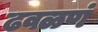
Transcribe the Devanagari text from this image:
ढवळणं